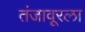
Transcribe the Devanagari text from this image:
तंजावूरला